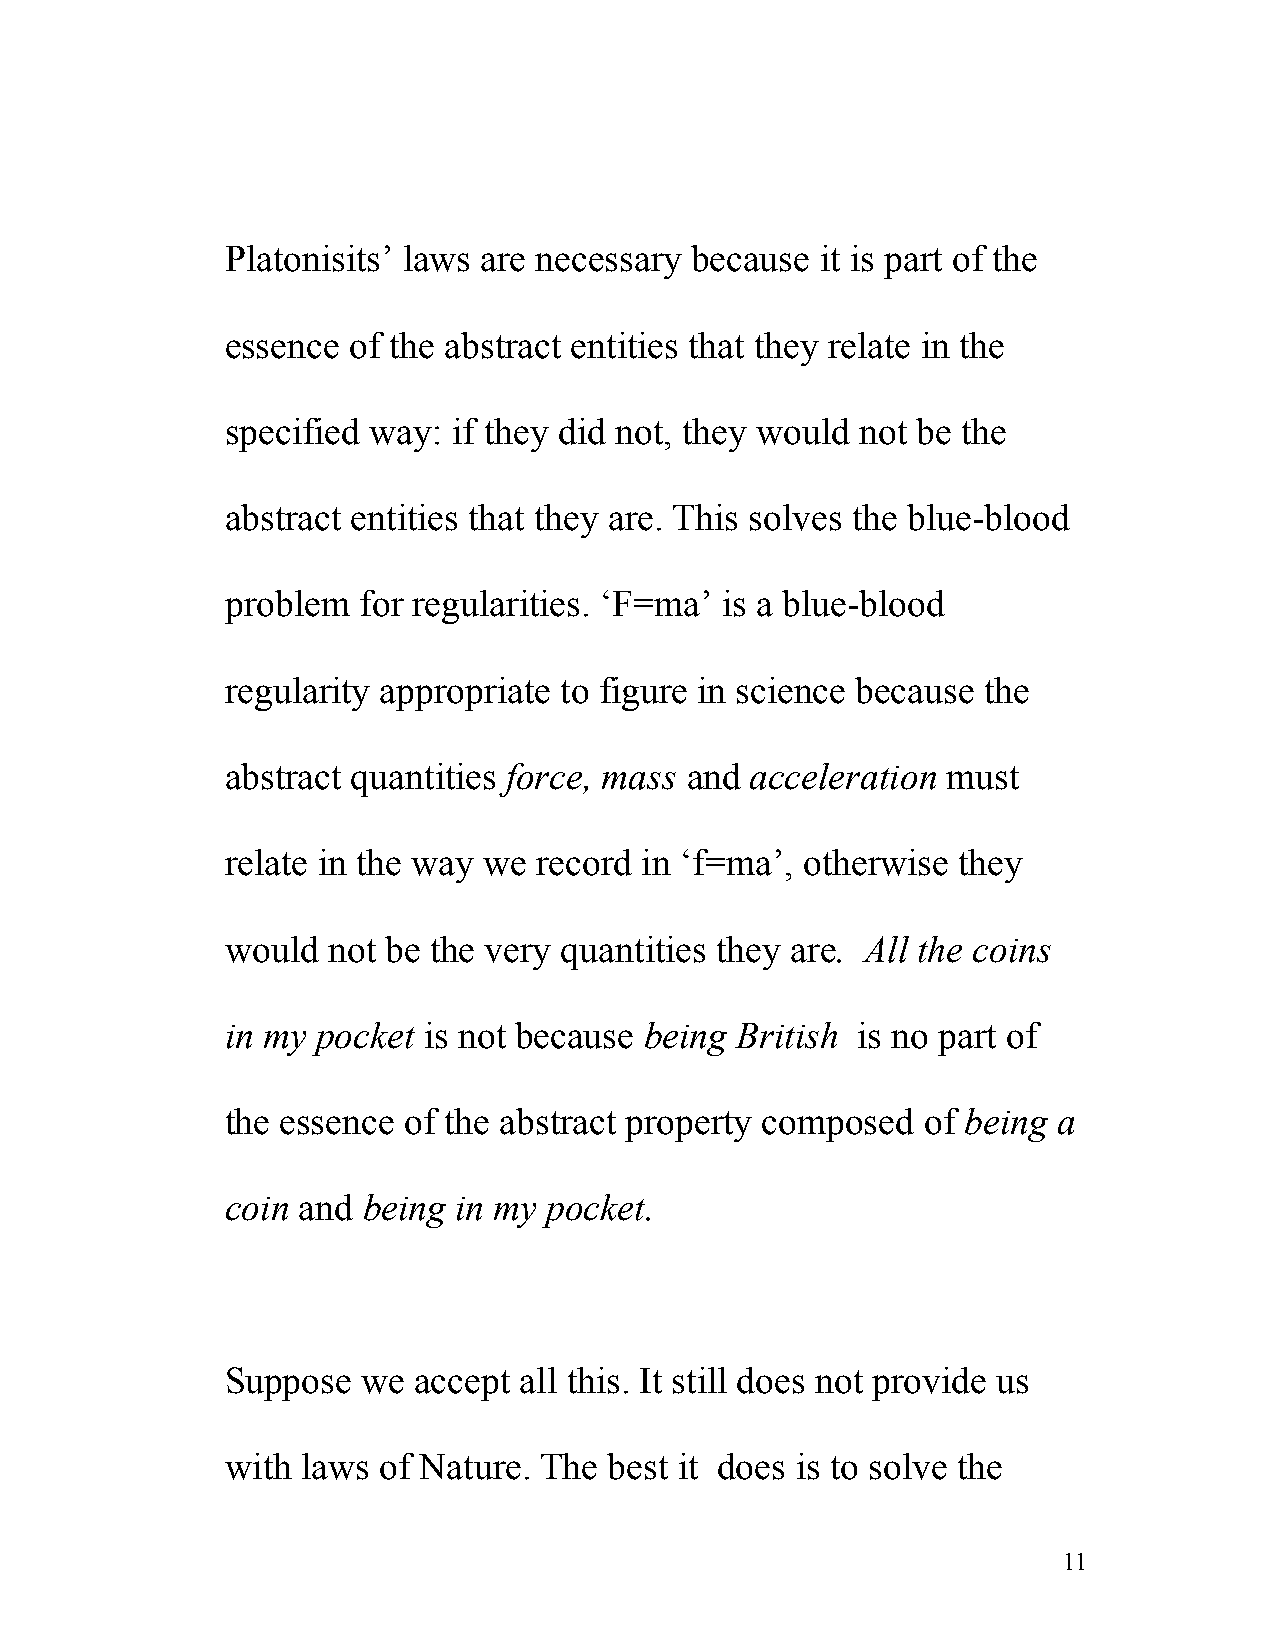
Platonisits’ laws are necessary because it is part of the
 essence of the abstract entities that they relate in the
 specified way: if they did not, they would not be the
 abstract entities that they are. This solves the blue-blood
 problem  for regularities. ‘F=ma’ is a blue-blood
 regularity appropriate to figure in science because the
 abstract quantities force, mass and acceleration must
 relate in the way we record in ‘f=ma’, otherwise they
 would  not be the very quantities they are. All the coins
 in my pocket is not because being British is no part of
 the essence of the abstract property composed of being a
 coin and being in my pocket.
 Suppose  we accept all this. It still does not provide us
 with laws of Nature. The best it does is to solve the
 11